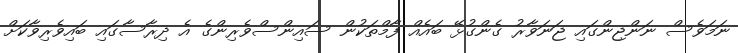
ނަމަވެސް ނަންޖިންގައި ޖަނަވާރު ގެންގުޅޭ ބައެއް ފާމްތަކުން ސައިންސްވެރިންގެ އެ ދިރާސާގައި ބައިވެރިވާކަށް